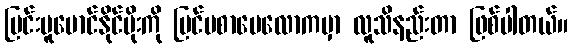
မြင်းမူမောင်နိုင်မိုးကို ပြင်ပစာပေလောကမှာ လူသိနည်းတာ ဖြစ်ပါတယ်။